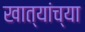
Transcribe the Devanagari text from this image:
खात्यांच्या